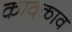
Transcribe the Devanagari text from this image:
कावकाव